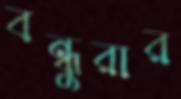
বন্ধুরার